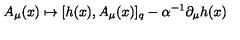
A _ { \mu } ( x ) \mapsto [ h ( x ) , A _ { \mu } ( x ) ] _ { q } - \alpha ^ { - 1 } \partial _ { \mu } h ( x )